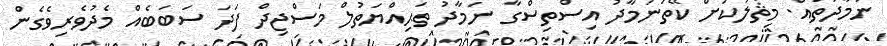
ނަމާދުތައް. މިޘާލަކަށް ކޭތަނަމާދު އިސްތިސްގާ ނަމާދު ތަޙިއްޔަތުލް މަސްޖިދް ފަދަ ސަބަބެއް މެދުވެރިވެގެން